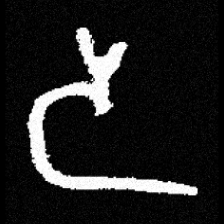
Pyu character \u2014 Myanmar letter: ဒ (romanized: da)